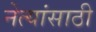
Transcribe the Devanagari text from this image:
नेत्यांसाठी